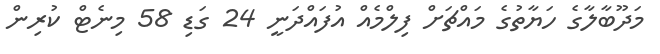
މަދޫބާލާގެ ހަޔާތުގެ މައްޗަށް ފިލްމެއް އުފައްދަނީ 24 ގަޑި 58 މިނެޓް ކުރިން